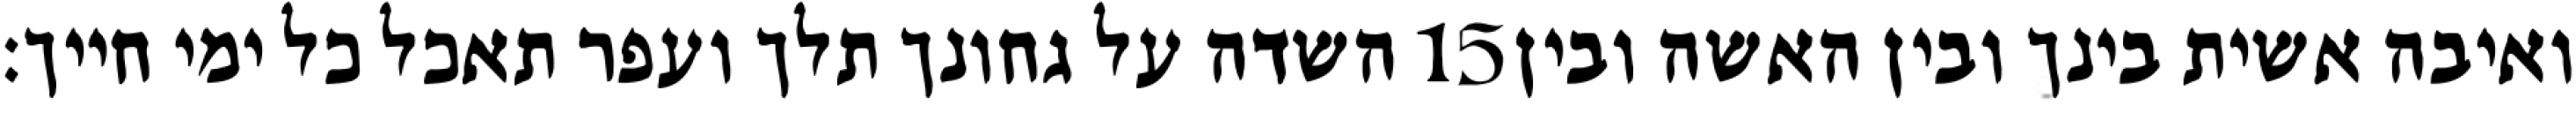
השדה על גחונך תלך ועפר תאכל כל ימי חייך׃ ‎15‏ ואיבה אשית בינך ובין האשה ובין